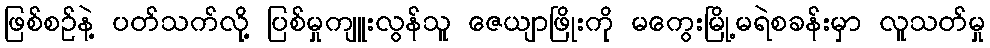
ဖြစ်စဉ်နဲ့ ပတ်သက်လို့ ပြစ်မှုကျူးလွန်သူ ဇေယျာဖြိုးကို မကွေးမြို့မရဲစခန်းမှာ လူသတ်မှု